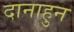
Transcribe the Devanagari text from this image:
दानाहुन